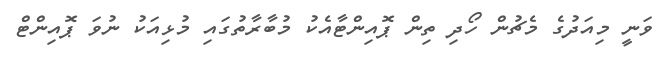
ވަނީ މިއަދުގެ މެޗުން ހޯދި ތިން ޕޮއިންޓާއެކު މުބާރާތުގައި މުޅިއަކު ނުވަ ޕޮއިންޓް